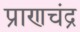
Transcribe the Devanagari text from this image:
प्राणचंद्र